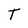
Character: T